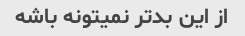
از این بدتر نمیتونه باشه